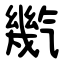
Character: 㡮